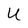
Character: U